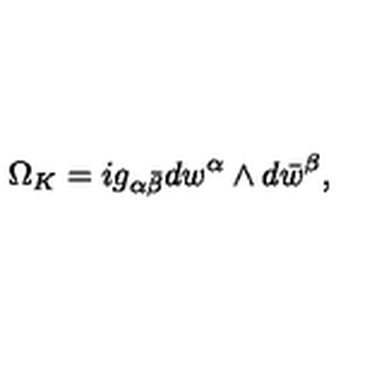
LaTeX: \Omega _ { K } = i g _ { \alpha \bar { \beta } } d w ^ { \alpha } \wedge d \bar { w } ^ { \beta } ,